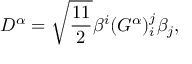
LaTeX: D ^ { \alpha } = \sqrt { \frac { 1 1 } { 2 } } \beta ^ { i } ( G ^ { \alpha } ) _ { i } ^ { j } \beta _ { j } ,